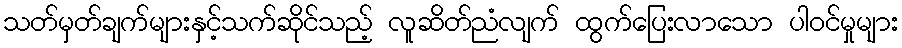
သတ်မှတ်ချက်များနှင့်သက်ဆိုင်သည့် လူဆိတ်ညံလျက် ထွက်ပြေးလာသော ပါဝင်မှုများ